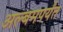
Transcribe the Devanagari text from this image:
अल्बमपर्यंत